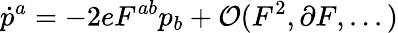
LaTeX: \dot{p}^{a}=-2eF^{ab}p_{b}+{\cal O}(F^{2},\partial F,...)